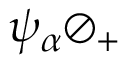
\psi _ { \alpha } \oslash _ { + }